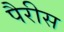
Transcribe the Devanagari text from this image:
पैरीस